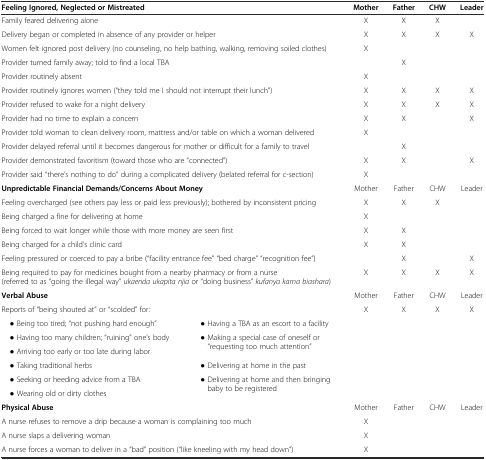
<table><thead><tr><td colspan="2"><b>Feeling Ignored, Neglected or Mistreated</b></td><td><b>Mother</b></td><td><b>Father</b></td><td><b>CHW</b></td><td><b>Leader</b></td></tr></thead><tbody><tr><td colspan="2">Family feared delivering alone</td><td>X</td><td>X</td><td>X</td><td></td></tr><tr><td colspan="2">Delivery began or completed in absence of any provider or helper</td><td>X</td><td>X</td><td>X</td><td>X</td></tr><tr><td colspan="2">Women felt ignored post delivery (no counseling, no help bathing, walking, removing soiled clothes)</td><td>X</td><td></td><td></td><td></td></tr><tr><td colspan="2">Provider turned family away; told to find a local TBA</td><td></td><td>X</td><td></td><td></td></tr><tr><td colspan="2">Provider routinely absent</td><td>X</td><td></td><td></td><td></td></tr><tr><td colspan="2">Provider routinely ignores women (“they told me I should not interrupt their lunch”)</td><td>X</td><td>X</td><td>X</td><td>X</td></tr><tr><td colspan="2">Provider refused to wake for a night delivery</td><td>X</td><td>X</td><td>X</td><td>X</td></tr><tr><td colspan="2">Provider had no time to explain a concern</td><td>X</td><td>X</td><td></td><td>X</td></tr><tr><td colspan="2">Provider told woman to clean delivery room, mattress and/or table on which a woman delivered</td><td>X</td><td></td><td></td><td></td></tr><tr><td colspan="2">Provider delayed referral until it becomes dangerous for mother or difficult for a family to travel</td><td></td><td>X</td><td></td><td></td></tr><tr><td colspan="2">Provider demonstrated favoritism (toward those who are “connected”)</td><td>X</td><td>X</td><td></td><td>X</td></tr><tr><td colspan="2">Provider said “there’s nothing to do” during a complicated delivery (belated referral for c-section)</td><td>X</td><td></td><td></td><td></td></tr><tr><td colspan="2"><b>Unpredictable Financial Demands/Concerns About Money</b></td><td>Mother</td><td>Father</td><td>CHW</td><td>Leader</td></tr><tr><td colspan="2">Feeling overcharged (see others pay less or paid less previously); bothered by inconsistent pricing</td><td>X</td><td>X</td><td>X</td><td></td></tr><tr><td colspan="2">Being charged a fine for delivering at home</td><td>X</td><td></td><td></td><td></td></tr><tr><td colspan="2">Being forced to wait longer while those with more money are seen first</td><td>X</td><td>X</td><td></td><td></td></tr><tr><td colspan="2">Being charged for a child’s clinic card</td><td>X</td><td>X</td><td></td><td></td></tr><tr><td colspan="2">Feeling pressured or coerced to pay a bribe (“facility entrance fee” “bed charge” “recognition fee”)</td><td></td><td>X</td><td></td><td>X</td></tr><tr><td colspan="2">Being required to pay for medicines bought from a nearby pharmacy or from a nurse (referred to as “going the illegal way” <i>ukaenda ukapita njia</i> or “doing business” <i>kufanya kama biashara</i>)</td><td>X</td><td>X</td><td>X</td><td>X</td></tr><tr><td colspan="2"><b>Verbal Abuse</b></td><td>Mother</td><td>Father</td><td>CHW</td><td>Leader</td></tr><tr><td colspan="2">Reports of “being shouted at” or “scolded” for:</td><td>X</td><td>X</td><td>X</td><td>X</td></tr><tr><td> ● Being too tired; “not pushing hard enough”</td><td> ● Having a TBA as an escort to a facility</td><td rowspan="6"></td><td rowspan="6"></td><td rowspan="6"></td><td rowspan="6"></td></tr><tr><td> ● Having too many children; “ruining” one’s body</td><td rowspan="2"> ● Making a special case of oneself or “requesting too much attention”</td></tr><tr><td> ● Arriving too early or too late during labor</td></tr><tr><td> ● Taking traditional herbs</td><td> ● Delivering at home in the past</td></tr><tr><td> ● Seeking or heeding advice from a TBA</td><td rowspan="2"> ● Delivering at home and then bringing baby to be registered</td></tr><tr><td> ● Wearing old or dirty clothes</td></tr><tr><td colspan="2"><b>Physical Abuse</b></td><td>Mother</td><td>Father</td><td>CHW</td><td>Leader</td></tr><tr><td colspan="2">A nurse refuses to remove a drip because a woman is complaining too much</td><td>X</td><td></td><td></td><td></td></tr><tr><td colspan="2">A nurse slaps a delivering woman</td><td>X</td><td></td><td></td><td></td></tr><tr><td colspan="2">A nurse forces a woman to deliver in a “bad” position (“like kneeling with my head down”)</td><td>X</td><td></td><td></td><td></td></tr></tbody></table>